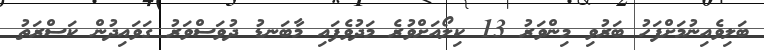
ބަލިވެއިނުމަށްފަހު ބަރުވި މިންވަރު 13 ކިލޯއަށްވުރެ މަދުވެފައި މާބަނޑު ދުވަސްވަރު ގަވައިދުން ކަސްރަތު